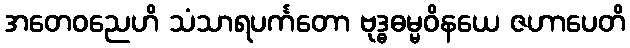
အတေဝညေဟိ သံသာရပင်္ကတော ဗုဒ္ဓဓမ္မဝိနယေ ဇဟာပေတိ